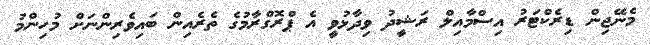
މެނޭޖިން ޑިރެކްޓަރު އިސްމާއިލް ރަޝީދު ވިދާޅުވީ އެ ޕްރޮގްރާމުގެ ތެރެއިން ބައިވެރިންނަށް މުހިންމު